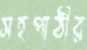
সহপাঠীর